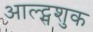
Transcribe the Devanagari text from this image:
आल्ट्सशुक